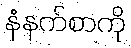
နံနက်စာကို